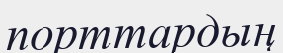
порттардың